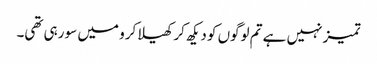
تمیز نہیں ہے تم لوگوں کو دیکھ کر کھیلا کرو میں سو رہی تھی۔